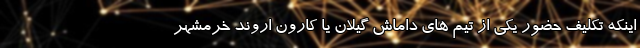
اینکه تکلیف حضور یکی از تیم های داماش گیلان یا کارون اروند خرمشهر